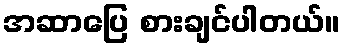
အဆာပြေ စားချင်ပါတယ်။